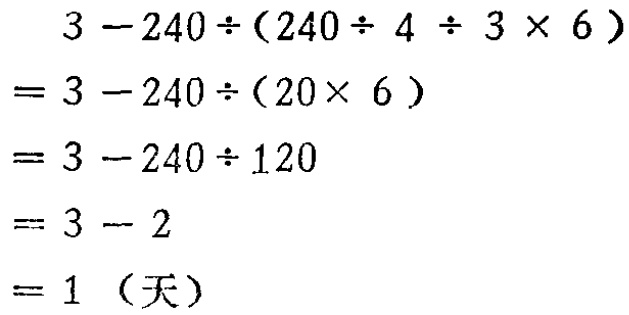
\[
\begin{align*}
&3 - 240\div(240\div 4\div 3\times 6)\\
=&3 - 240\div(20\times 6)\\
=&3 - 240\div 120\\
=&3 - 2\\
=&1 \text{（天）}
\end{align*}
\]